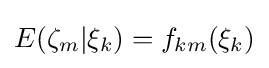
E(\zeta _{m}|\xi _{k})=f_{km}(\xi _{k})